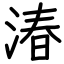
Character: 湷